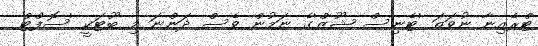
ޓްރެއިނާ ނުވަތަ 'ޓެނިސް ޝޫޒް'ގެ ނަމުން ވެސް ދަންނަ މި ބޫޓަކީ 'ސޮފްޓް